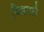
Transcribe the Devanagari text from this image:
चिन्नमलै